65_HS1-834228961_62-HQ-83894_Section_6
Agency: FBI
Page 92
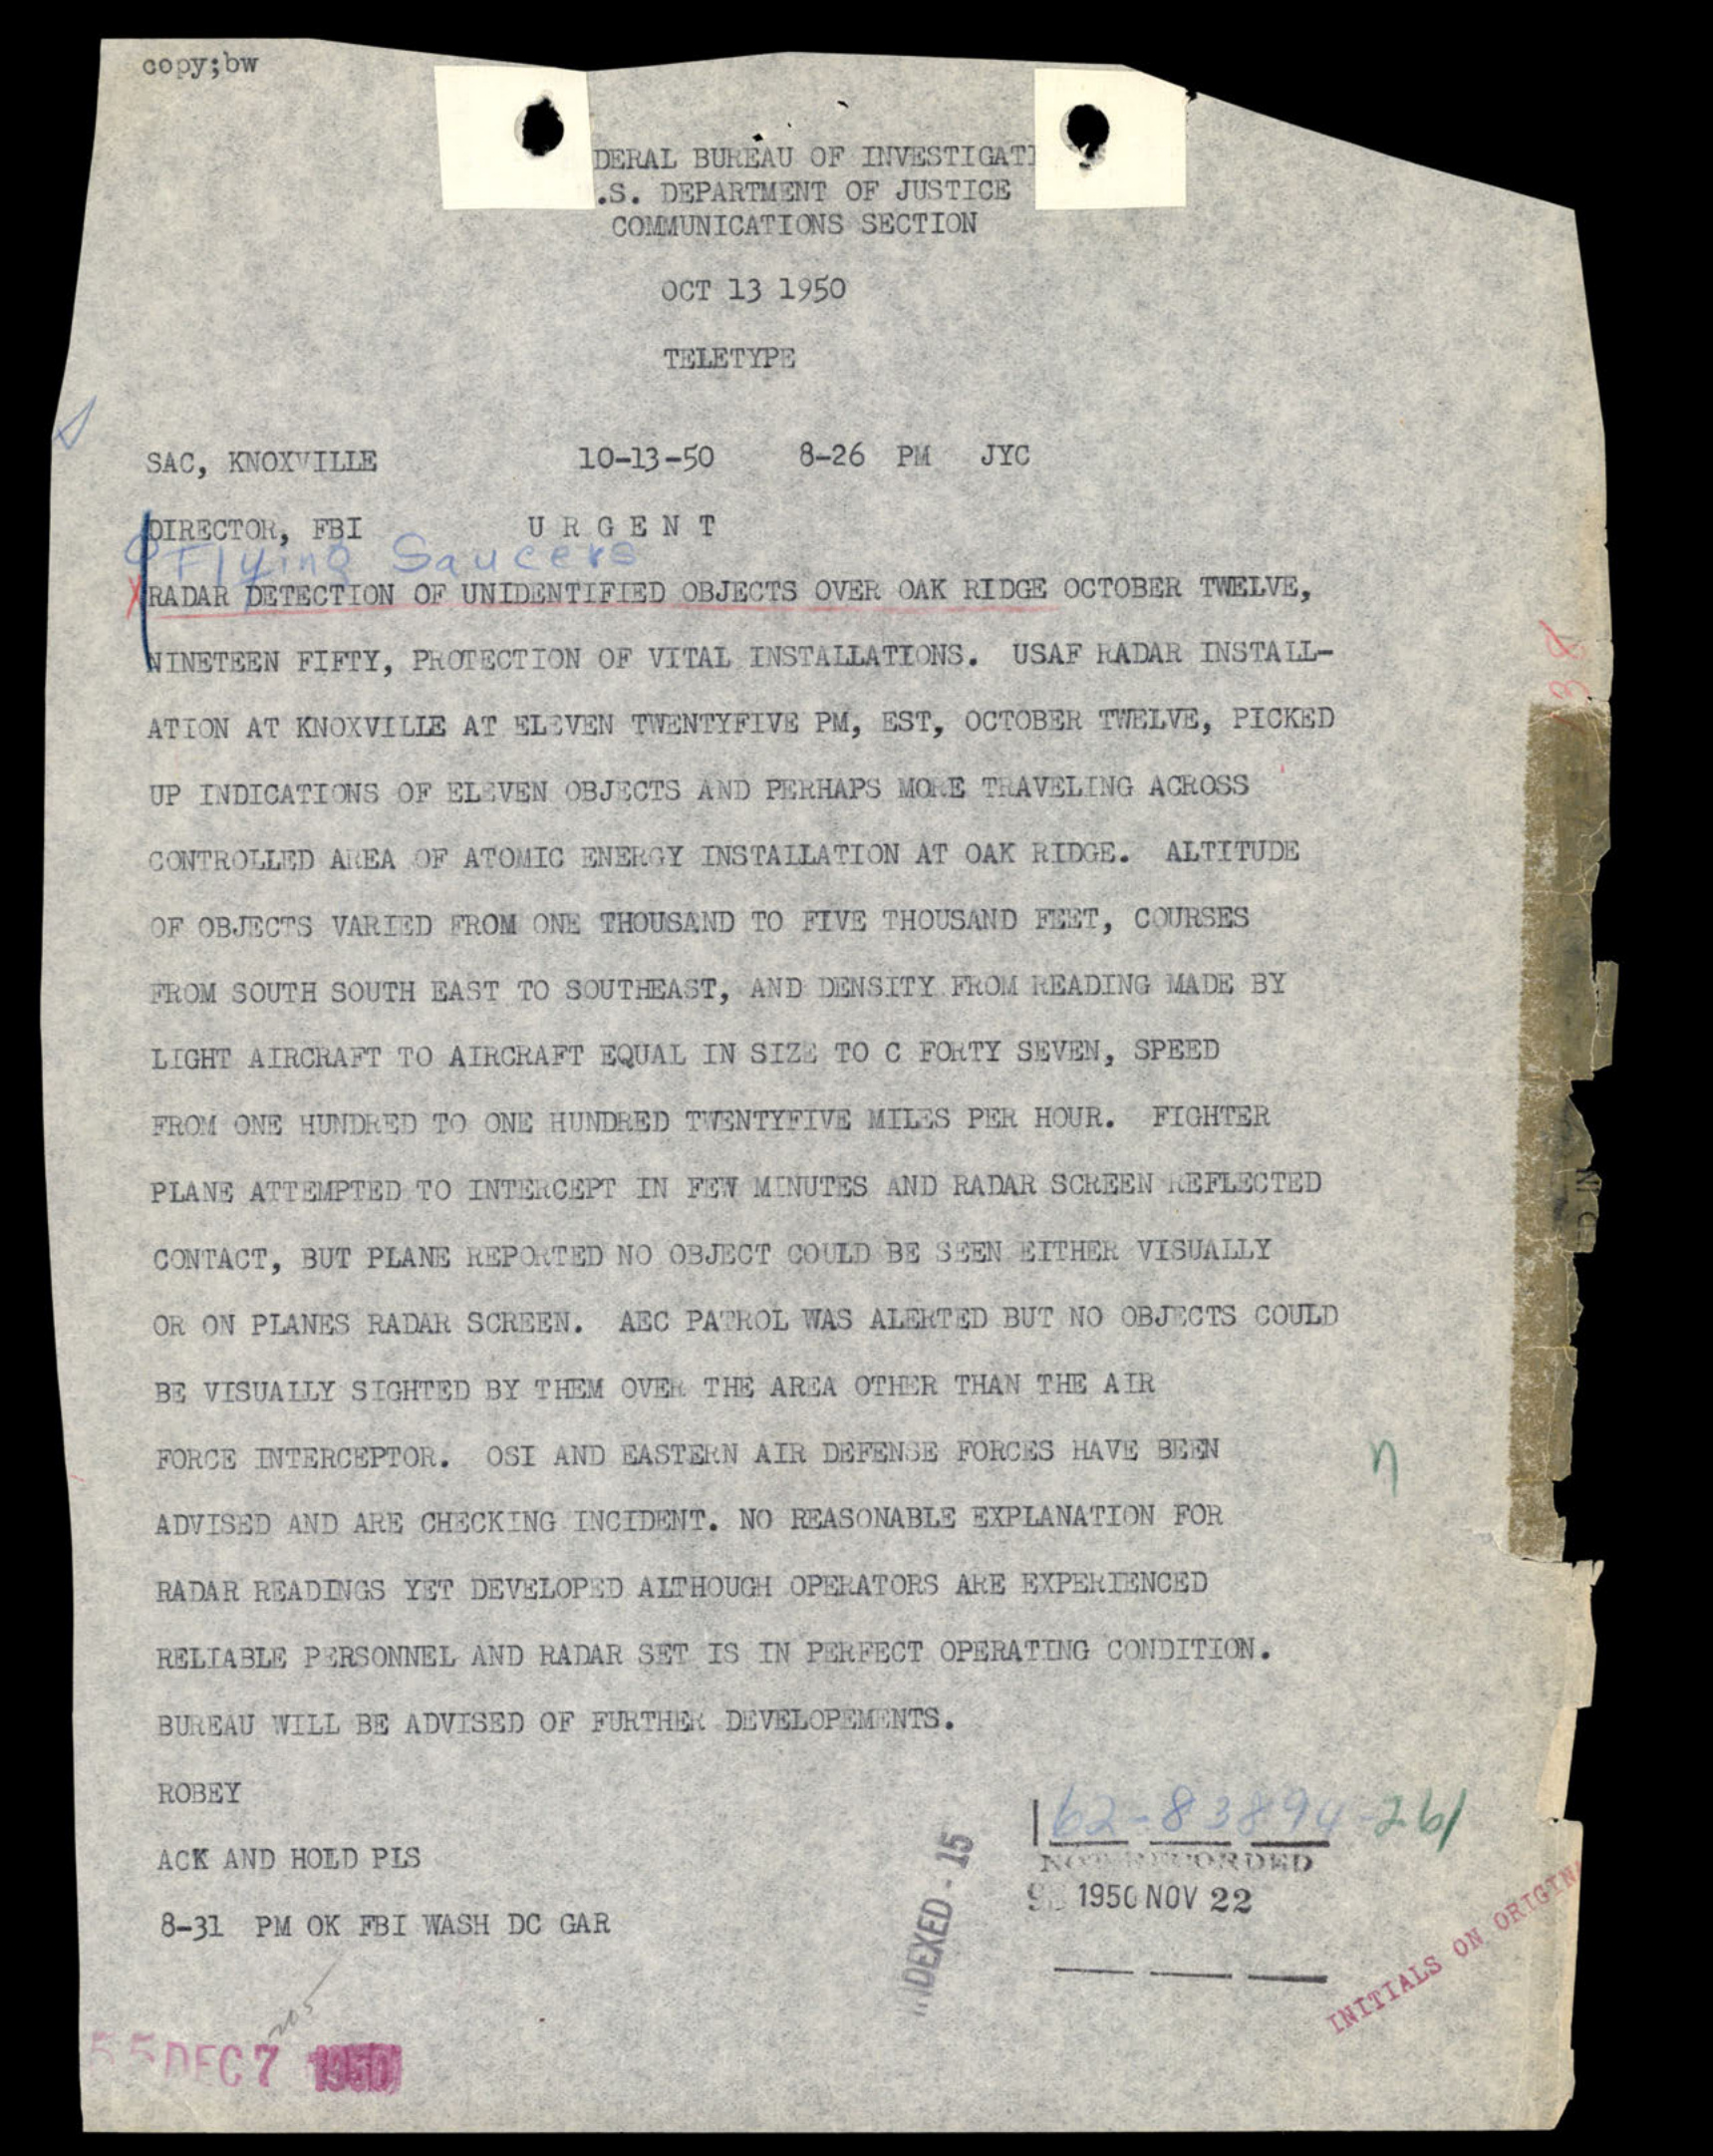